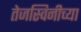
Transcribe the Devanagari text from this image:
तेजस्विनीच्या